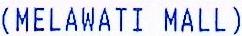
(MELAWATI MALL)